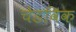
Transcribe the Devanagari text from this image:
चेडविक